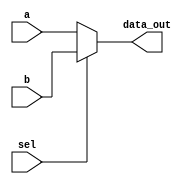
`timescale 1ns / 1ps

module Mux
(
input [63:0] a,
input [63:0] b,
input sel,
output reg [63:0] data_out
);
//assign data_out = sel? b:a ;
always @ (a, b, sel)
begin
if (!sel)
data_out = a;
else
data_out = b;
end
endmodule